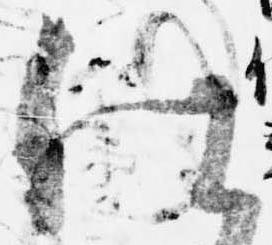
仕